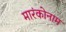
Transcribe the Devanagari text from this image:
मारंकोनाम